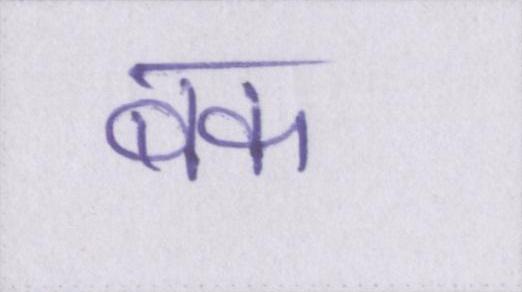
बक